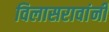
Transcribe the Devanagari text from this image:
विलासरावांनी